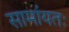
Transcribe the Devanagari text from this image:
सामांयतः